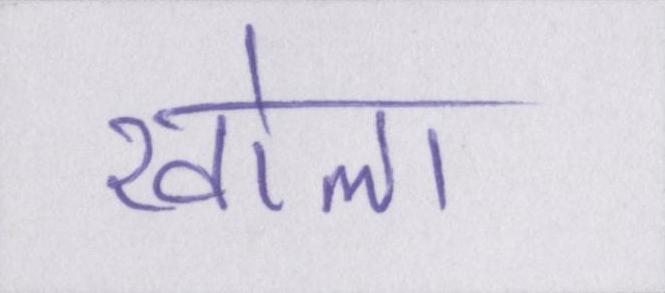
खोला